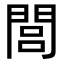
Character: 閭